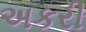
અકરી